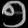
Digit: ၅